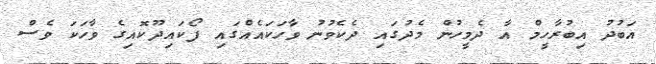
އަބުދު އިބުރާހީމް އާ ދެމީހުން މެދުގައި ދެކެވުނު ވާހަކައެއްގައި ފޯކައިދޫކޮއިގެ ވާހަކަ ވެސް